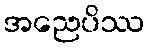
အညေပိဿ